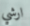
ارشي